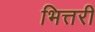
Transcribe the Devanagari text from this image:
भित्तरी